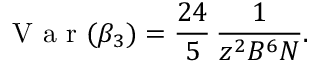
\mathrm { ~ V ~ a ~ r ~ } ( \beta _ { 3 } ) = \frac { 2 4 } { 5 } \, \frac { 1 } { z ^ { 2 } B ^ { 6 } N } .